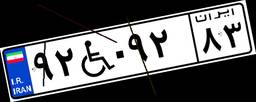
۹۲W۰۹۲۸۳